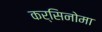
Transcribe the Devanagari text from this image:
कर्सिनोमा